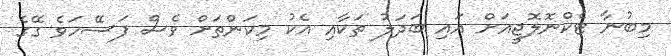
މިބުނާ ޓެކްނޮލޮޖީއަށް އައި ބަދަލު ތަކާއި އެކު މިކަންތަށް ވެސް ފަސޭހަވެ ގޭގެ